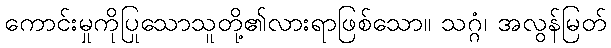
ကောင်းမှုကိုပြုသောသူတို့၏လားရာဖြစ်သော။ သဂ္ဂံ၊ အလွန်မြတ်